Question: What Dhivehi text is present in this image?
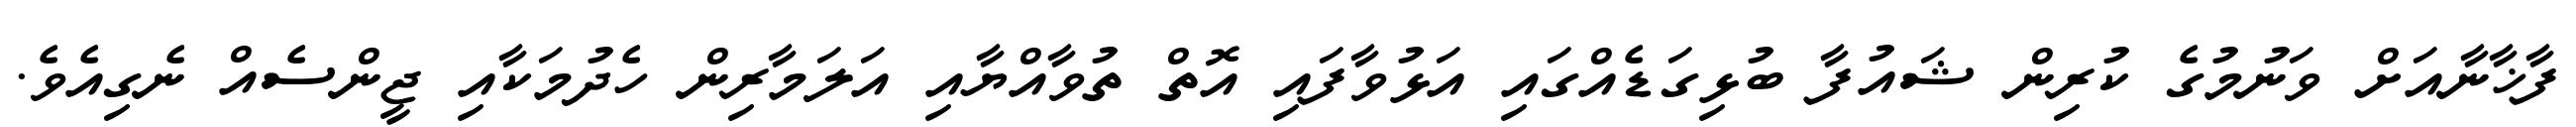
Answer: ފާޚާނާއަށް ވަނުމުގެ ކުރިން ޝައުފާ ބުޅިގަޑެއްގައި އަޅުވާފައި އޮތް ތުވާއްޔާއި އަލަމާރިން ހެދުމަކާއި ޖީންސެއް ނެގިއެވެ.